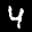
Label: 4